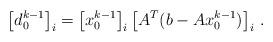
LaTeX: \begin{align*}\left[d_0^{k-1}\right]_i=\left[x_0^{k-1}\right]_i\left[A^T(b - A x_0^{k-1})\right]_i\,.\end{align*}